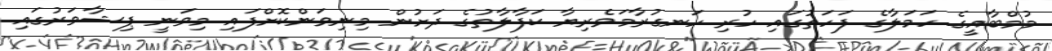
މުމްބާއީގެ ހަމަލާގެ ފަހަތުގައި ހުރި ހަނގުރާމަވެރިޔާ ކަފާލާތުގެ ދަށުން މިނިވަންކޮށްފައި މިވަނީ ޕިޝާވަރުގައި